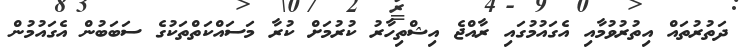
ދަތުރުތައް އިތުރުވުމާއި އެގައުމުގައި ރާއްޖެ އިޝްތިހާރު ކުރުމަށް ކުރާ މަސައްކަތްތަކުގެ ސަބަބުން އެގައުމުން